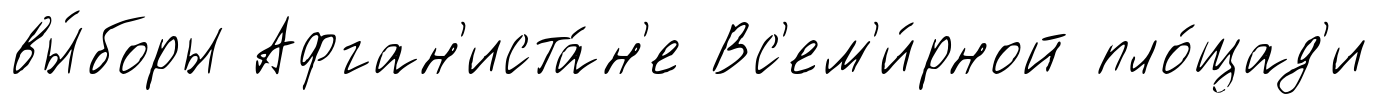
вы́боры Афган'иста́н'е Вс'ем'и́рной пло́щад'и